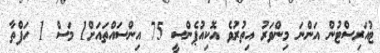
ޓުއަރިސްޓުން އަންނަ މިންވަރު އިތުރުވެ އޮކިއުޕެންސީ 75 އިންސައްތައަށް1 މަސް 1 ހަފްތާ